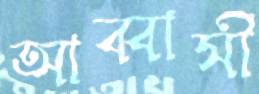
আব্বাসী